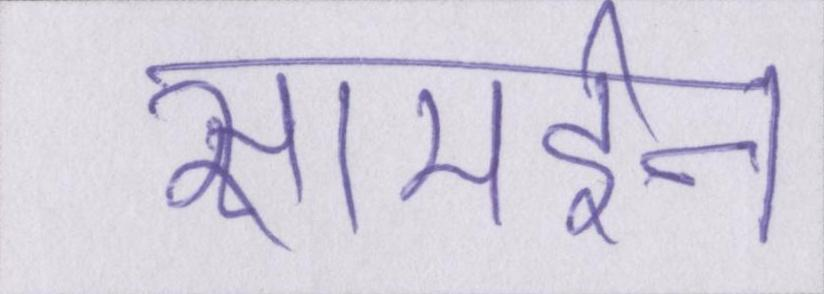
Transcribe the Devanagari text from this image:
सामईन